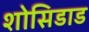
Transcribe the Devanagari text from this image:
शोसिडाड